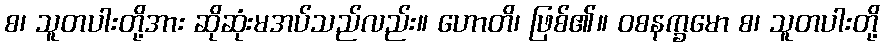
စ၊ သူတပါးတို့အား ဆိုဆုံးမအပ်သည်လည်း။ ဟောတိ၊ ဖြစ်၏။ ဝစနက္ခမော စ၊ သူတပါးတို့